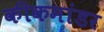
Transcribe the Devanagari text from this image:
कीकमांडर